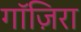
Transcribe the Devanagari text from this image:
गाॅज़िरा